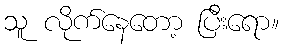
သူ လိုက်နေတော့ ပြီးရော။